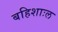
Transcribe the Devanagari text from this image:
बहिशाःल